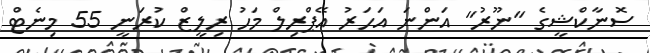
ސޮނާކްޝީގެ "ނޫރު" އަންނަ އަހަރު އޭޕްރިލް މަހު ރިލީޒް ކުރަނީ 55 މިނެޓް